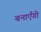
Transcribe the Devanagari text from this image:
बनाएँगी